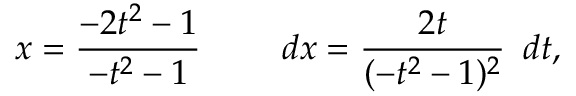
x = { \frac { - 2 t ^ { 2 } - 1 } { - t ^ { 2 } - 1 } } \qquad \ d x = { \frac { 2 t } { ( - t ^ { 2 } - 1 ) ^ { 2 } } } \, \ d t ,